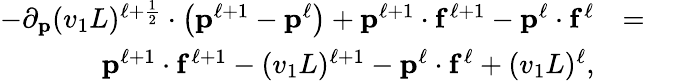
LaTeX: \begin{array}{rlr}{-\partial_{\mathbf{p}}(v_{1}L)^{\ell+\frac{1}{2}}\cdot\left(\mathbf{p}^{\ell+1}-\mathbf{p}^{\ell}\right)+\mathbf{p}^{\ell+1}\cdot\mathbf{f}^{\ell+1}-\mathbf{p}^{\ell}\cdot\mathbf{f}^{\ell}}&{=}&\\ {\mathbf{p}^{\ell+1}\cdot\mathbf{f}^{\ell+1}-(v_{1}L)^{\ell+1}-\mathbf{p}^{\ell}\cdot\mathbf{f}^{\ell}+(v_{1}L)^{\ell},}&{}&\end{array}